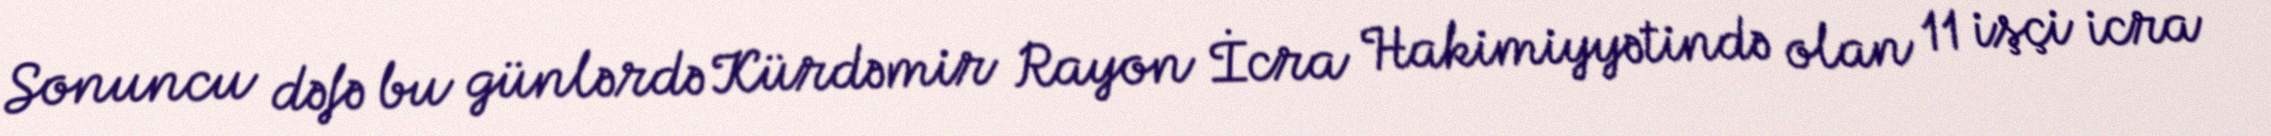
Sonuncu dəfə bu günlərdə Kürdəmir Rayon İcra Hakimiyyətində olan 11 işçi icra